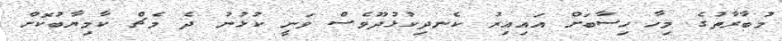
މުބާރާތުގެ މިހާ ހިސާބަށް އައިއިރު ކެނދިކުޅުދޫވެސް ވަނީ ކުޅުނު ދެ މެޗް ކާމިޔާބުކޮށް